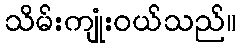
သိမ်းကျုံးဝယ်သည်။